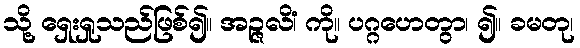
သို့ ရှေးရှုသည်ဖြစ်၍။ အဉ္ဇလိံ၊ ကို။ ပဂ္ဂဟေတွာ၊ ၍။ ခမတု၊